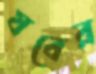
যবের